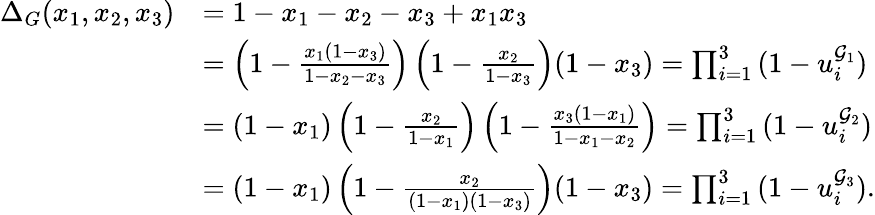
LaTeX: \begin{array}{rl}{\Delta_{G}(x_{1},x_{2},x_{3})}&{=1-x_{1}-x_{2}-x_{3}+x_{1}x_{3}}\\ &{=\left(1-\frac{x_{1}(1-x_{3})}{1-x_{2}-x_{3}}\right)\left(1-\frac{x_{2}}{1-x_{3}}\right)(1-x_{3})=\prod_{i=1}^{3}\, (1-u_{i}^{\mathcal G_{1}})}\\ &{=(1-x_{1})\left(1-\frac{x_{2}}{1-x_{1}}\right)\left(1-\frac{x_{3}(1-x_{1})}{1-x_{1}-x_{2}}\right)=\prod_{i=1}^{3}\, (1-u_{i}^{\mathcal G_{2}})}\\ &{=(1-x_{1})\left(1-\frac{x_{2}}{(1-x_{1})(1-x_{3})}\right)(1-x_{3})=\prod_{i=1}^{3}\, (1-u_{i}^{\mathcal G_{3}}).}\end{array}